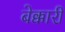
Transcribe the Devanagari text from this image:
बेक्कारी